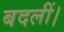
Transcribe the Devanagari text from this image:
बदलीं।